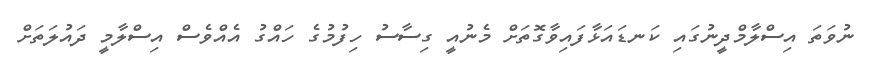
ނުވަތަ އިސްލާމްދީނުގައި ކަނޑައަޅާފައިވާގޮތަށް މެނުއީ ގިސާސު ހިފުމުގެ ހައްގު އެއްވެސް އިސްލާމީ ދައުލަތަށް